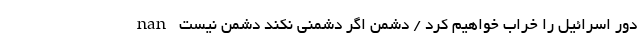
دور اسرائیل را خراب خواهیم کرد / دشمن اگر دشمنی نکند دشمن نیست nan